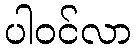
ပါဝင်လာ